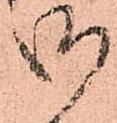
御